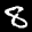
Label: 8